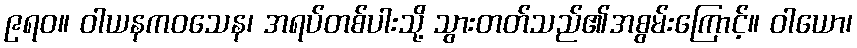
၉ရဝ။ ဝါယနကဝသေန၊ အရပ်တစ်ပါးသို့ သွားတတ်သည်၏အစွမ်းကြောင့်။ ဝါယော၊